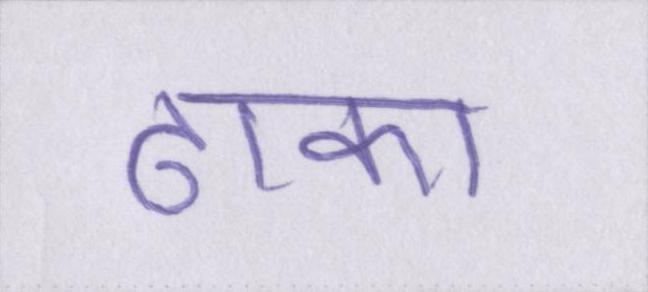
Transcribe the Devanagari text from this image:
ढाका